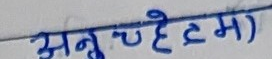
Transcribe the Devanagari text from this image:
अनुच्छेद)